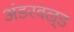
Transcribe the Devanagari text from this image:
अंडरवल्र्ड